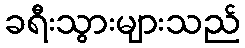
ခရီးသွားများသည်